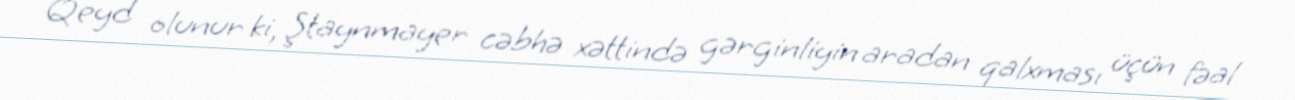
Qeyd olunur ki, Ştaynmayer cəbhə xəttində gərginliyin aradan qalxması üçün fəal